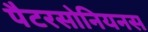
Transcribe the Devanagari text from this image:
पैटरसोनियनस